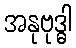
အနုဗုဒ္ဓါ